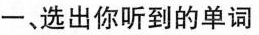
─、选出你听到的单词